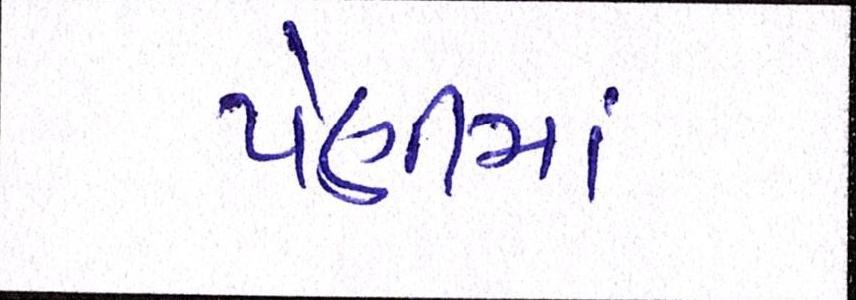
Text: પેણીમાં